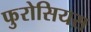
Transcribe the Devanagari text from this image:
फुरोसियस